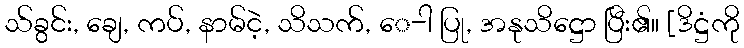
သ်ခွင်း, ချေ, ကပ်, နာမ်ငဲ့, သိသက်, ေ-ါ ပြု, အနုသိဋ္ဌော ပြီး၏။ [ဒိဋ္ဌံကို